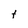
Character: t